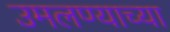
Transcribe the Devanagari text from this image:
उमलण्याच्या